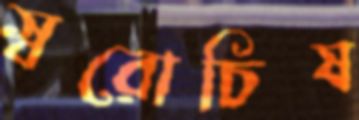
স্বরোচিষ